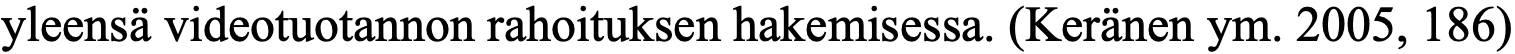
yleensä videotuotannon rahoituksen hakemisessa. (Keränen ym. 2005, 186)